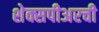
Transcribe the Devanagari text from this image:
शेक्सपीअरची